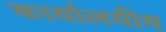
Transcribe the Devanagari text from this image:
कार्यालयीय